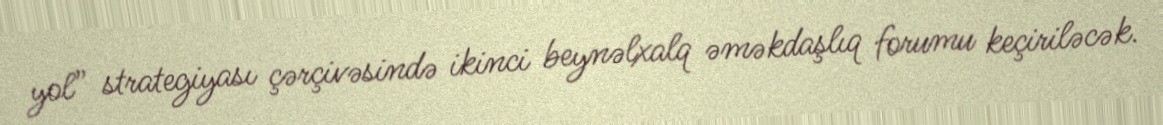
yol” strategiyası çərçivəsində ikinci beynəlxalq əməkdaşlıq forumu keçiriləcək.